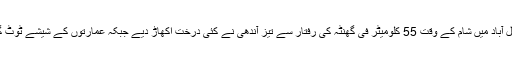
فیصل آباد میں شام کے وقت 55 کلومیٹر فی گھنٹہ کی رفتار سے تیز آندھی نے کئی درخت اکھاڑ دیے جبکہ عمارتوں کے شیشے ٹوٹ گئے۔